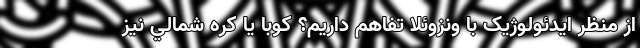
از منظر ايدئولوژيک با ونزوئلا تفاهم ‌داريم؟ کوبا يا کره شمالي نيز